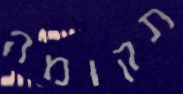
תקומה